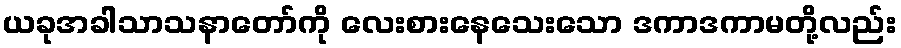
ယခုအခါသာသနာတော်ကို လေးစားနေသေးသော ဒကာဒကာမတို့လည်း